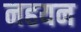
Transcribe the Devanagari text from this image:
नहयन